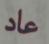
عاد